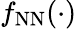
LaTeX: f_{\mathrm{NN}}(\cdot)